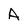
Character: A